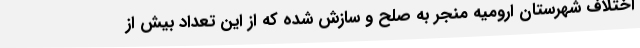
اختلاف شهرستان ارومیه منجر به صلح و سازش شده که از این تعداد بیش از